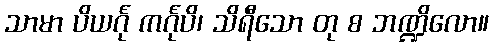
သာမာ ပိယင်္ဂု ကင်္ဂုပိ၊ သိရီသော တု စ ဘဏ္ဍိလော။